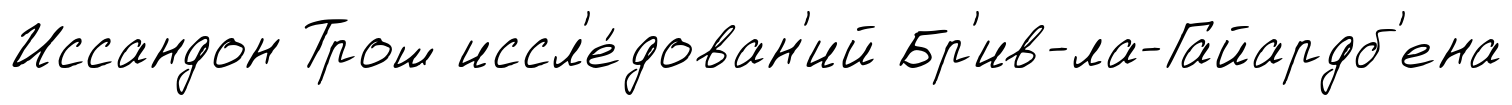
Иссандон Трош иссл'е́дован'ий Бр'ив-ла-Гайардб'ена